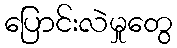
ပြောင်းလဲမှုတွေ